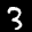
Label: 3